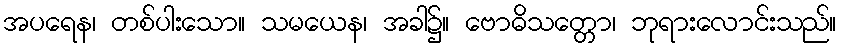
အပရေန၊ တစ်ပါးသော။ သမယေန၊ အခါ၌။ ဗောဓိသတ္တော၊ ဘုရားလောင်းသည်။